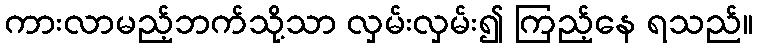
ကားလာမည့်ဘက်သို့သာ လှမ်းလှမ်း၍ ကြည့်နေ ရသည်။